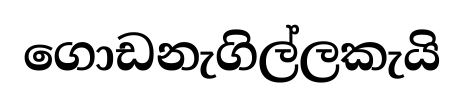
ගොඩනැගිල්ලකැයි